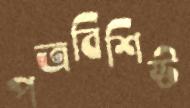
পত্রবিশিষ্ট